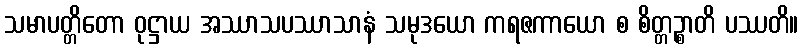
သမာပတ္တိတော ဝုဋ္ဌာယ အဿာသပဿာသာနံ သမုဒယော ကရဇကာယော စ စိတ္တဉ္စာတိ ပဿတိ။